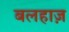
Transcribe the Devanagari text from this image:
बलहाज़